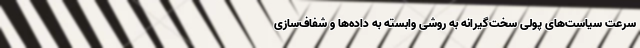
سرعت سیاست‌های پولی سخت‌گیرانه به روشی وابسته به داده‌ها و شفاف‌سازی